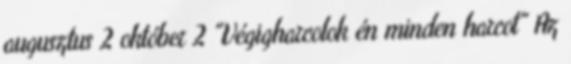
augusztus 2 október 2 "Végigharcolok én minden harcot" Az